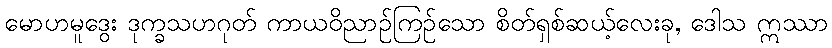
မောဟမူဒွေး ဒုက္ခသဟဂုတ် ကာယဝိညာဉ်ကြဉ်သော စိတ်ရှစ်ဆယ့်လေးခု, ဒေါသ ဣဿာ